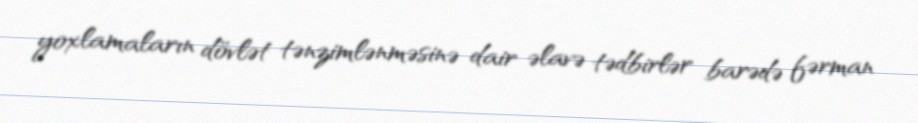
yoxlamaların dövlət tənzimlənməsinə dair əlavə tədbirlər barədə fərman